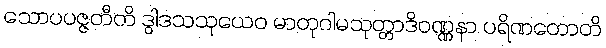
သောပပဇ္ဇတီတိ ဒွါဒသသုယေဝ မာတုဂါမသုတ္တာဒိဝဏ္ဏနာ ပရိဏတောတိ